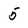
Character: 5